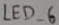
Text: LED_6